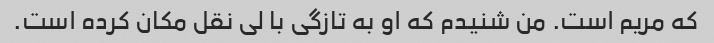
که مریم است. من شنیدم که او به تازگی با لی نقل مکان کرده است.